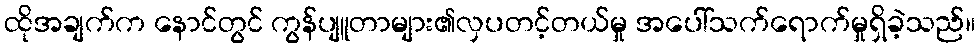
ထိုအချက်က နောင်တွင် ကွန်ပျူတာများ၏လှပတင့်တယ်မှု အပေါ်သက်ရောက်မှုရှိခဲ့သည်။